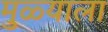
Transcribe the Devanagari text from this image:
मुळ्याला